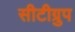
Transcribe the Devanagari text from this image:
सीटीग्रुप